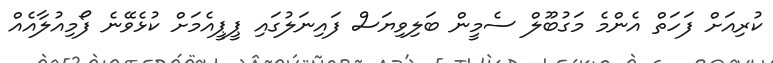
ކުރިއަށް ފަހަތް އެންމެ މަގުބޫލް ސެމީން ބަލިވިޔަސް ފައިނަލުގައި ޕީޕީއެމަށް ކުޅެވޭނެ ފޯމިއުލާއެއް